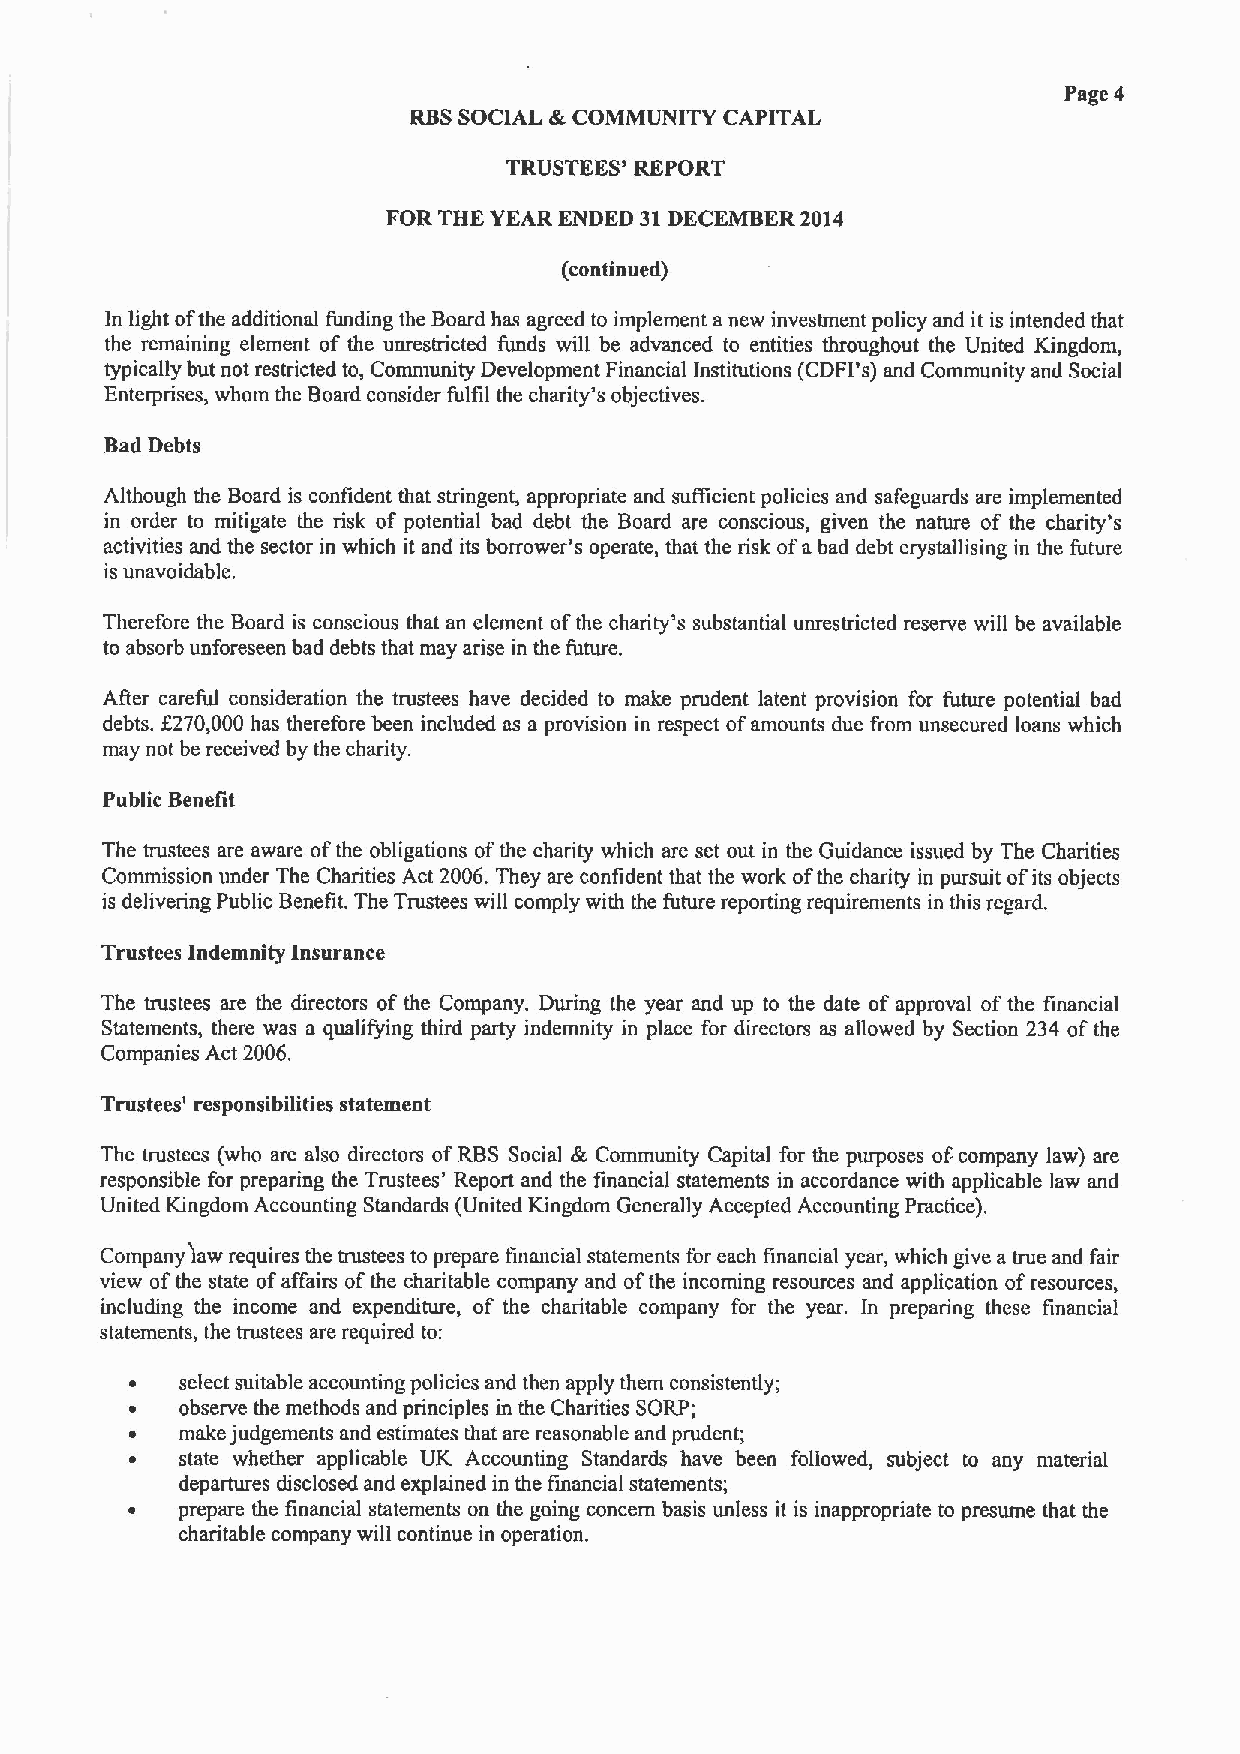
Page 4
 RBSSOCIAL &COMMUNITY CAPITAL
 TRUSTEES' REPORT
 FOR THE YEAR ENDED 31DECEMBER 2014
 (continued)
 In light ofthe additional funding the Board has agreed to implement anew investment policy and it is intended that
 the remaining element of the unrestricted funds will be advanced to entities throughout the United Kingdom,
 typically but not restricted to, Community Development Financial Institutions (CDFI's) and Community and Social
 Enterprises, whom the Board consider fulfil the charity's objectives.
 Bad Debts
 Although the Board is confident that stringent, appropriate and sufficient policies and safeguards are implemented
 in order to mitigate the risk of potential bad debt the Board are conscious, given the nature of the charity's
 activities and the sector in which it and its borrower's operate, that the risk ofa bad debt crystallising in the future
 is unavoidable.
 Therefore the Board is conscious that an element ofthe charity's substantial unrestricted reserve will be available
 to absorb unforeseen bad debts that may arise in the future.
 After careful consideration the trustees have decided to make prudent latent provision for future potential bad
 debts. f270,000 has therefore been included as a provision in respect ofamounts due from unsecured loans which
 may not be received by the charity.
 Public Benefit
 The trustees are aware ofthe obligations ofthe charity which are set out in the Guidance issued by The Charities
 Commission under The Charities Act 2006.They are confident that the work ofthe charity in pursuit ofits objects
 is delivering Public Benefit. The Trustees will comply with the future reporting requirements in this regard.
 Trustees Indemnity Insurance
 The trustees are the directors of the Company. During the year and up to the date of approval ofthe financial
 Statements, there was a qualifying third party indemnity in place for directors as allowed by Section 234 ofthe
 Companies Act 2006.
 Trustees' responsibilities statement
 The trustees (who are also directors ofRBS Social k, Community Capital for the purposes ofcompany law) are
 responsible for preparing the Trustees' Report and the financial statements in accordance with applicable law and
 United Kingdom Accounting Standards (United Kingdom Generally Accepted Accounting Pmctice).
 Company law requires the trustees to prepare financial statements for each financial year, which give a true and fair
 view ofthe state ofaffairs ofthe charitable company and ofthe incoming resources and application ofresources,
 including the income and expenditure, of the charitable company for the year. In preparing these financial
 statements, the trustees are required to:
 select suitable accounting policies and then apply them consistently;
 observe the methods and principles in the Charities SORP;
 make judgements and estimates that are reasonable and prudent;
 state whether applicable UK Accounting Standards have been followed, subject to any material
 departures disclosed and explained in the financial statements;
 prepare the financial statements on the going concern basis unless it is inappropriate to presume that the
 charitable company will continue in operation.